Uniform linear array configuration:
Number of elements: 24
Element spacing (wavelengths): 0.75
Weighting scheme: cosine
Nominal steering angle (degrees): -45
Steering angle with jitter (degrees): -45.304
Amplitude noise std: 0.05
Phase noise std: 0.05

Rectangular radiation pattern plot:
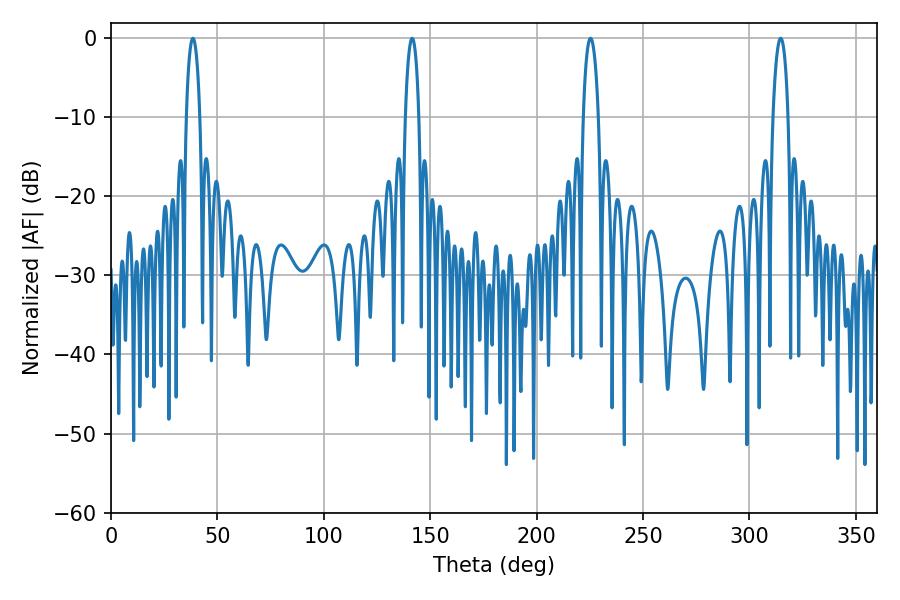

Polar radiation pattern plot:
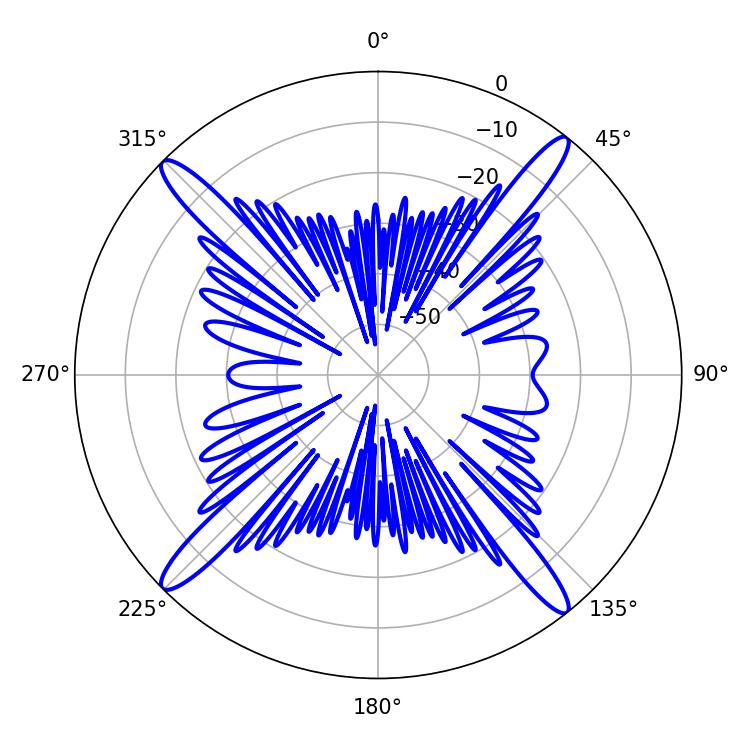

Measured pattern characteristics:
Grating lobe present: TRUE
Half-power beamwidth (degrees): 3.6
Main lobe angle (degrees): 38.52